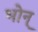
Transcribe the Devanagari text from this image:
भोन्